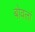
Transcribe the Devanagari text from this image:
बोवलां